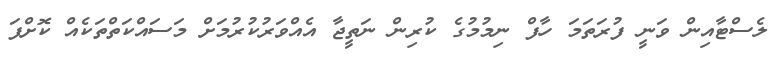
ލެސްޓާއިން ވަނީ ފުރަތަމަ ހާފް ނިމުމުގެ ކުރިން ނަތީޖާ އެއްވަރުކުރުމަށް މަސައްކަތްތަކެއް ކޮށްފަ